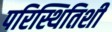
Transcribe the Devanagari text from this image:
परिस्थितिशी